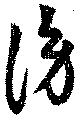
傍